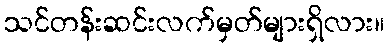
သင်တန်းဆင်းလက်မှတ်များရှိလား။